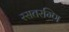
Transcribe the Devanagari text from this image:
रसतरग्णि